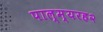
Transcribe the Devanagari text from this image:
पाल्म्यरह२